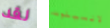
لقد لانسيلوت